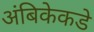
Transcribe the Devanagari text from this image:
अंबिकेकडे